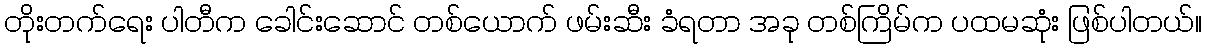
တိုးတက်ရေး ပါတီက ခေါင်းဆောင် တစ်ယောက် ဖမ်းဆီး ခံရတာ အခု တစ်ကြိမ်က ပထမဆုံး ဖြစ်ပါတယ်။